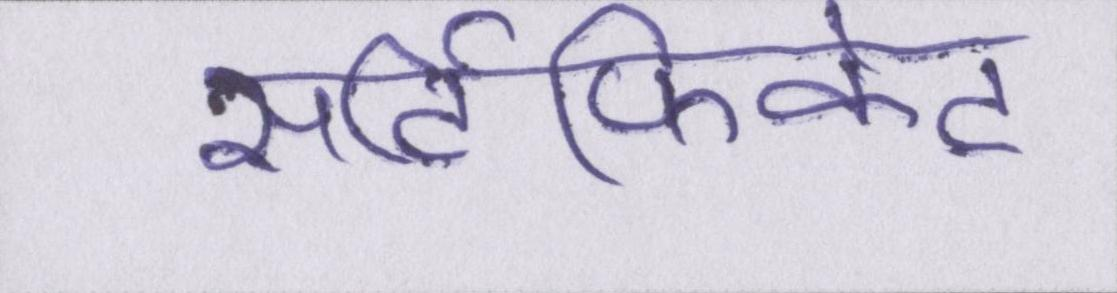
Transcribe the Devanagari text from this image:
सर्टिफिकेट